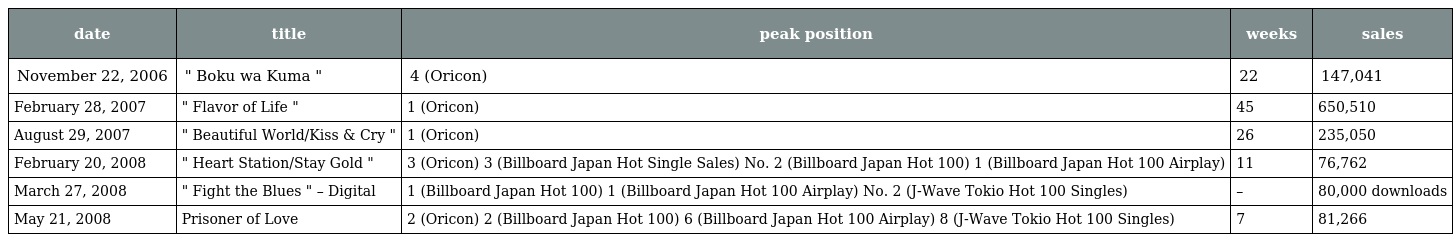
| date | title | peak position | weeks | sales |
 | --- | --- | --- | --- | --- |
 | November 22, 2006 | " Boku wa Kuma " | 4 (Oricon) | 22 | 147,041 |
 | February 28, 2007 | " Flavor of Life " | 1 (Oricon) | 45 | 650,510 |
 | August 29, 2007 | " Beautiful World/Kiss & Cry " | 1 (Oricon) | 26 | 235,050 |
 | February 20, 2008 | " Heart Station/Stay Gold " | 3 (Oricon) 3 (Billboard Japan Hot Single Sales) No. 2 (Billboard Japan Hot 100) 1 (Billboard Japan Hot 100 Airplay) | 11 | 76,762 |
 | March 27, 2008 | " Fight the Blues " – Digital | 1 (Billboard Japan Hot 100) 1 (Billboard Japan Hot 100 Airplay) No. 2 (J-Wave Tokio Hot 100 Singles) | – | 80,000 downloads |
 | May 21, 2008 | Prisoner of Love | 2 (Oricon) 2 (Billboard Japan Hot 100) 6 (Billboard Japan Hot 100 Airplay) 8 (J-Wave Tokio Hot 100 Singles) | 7 | 81,266 |